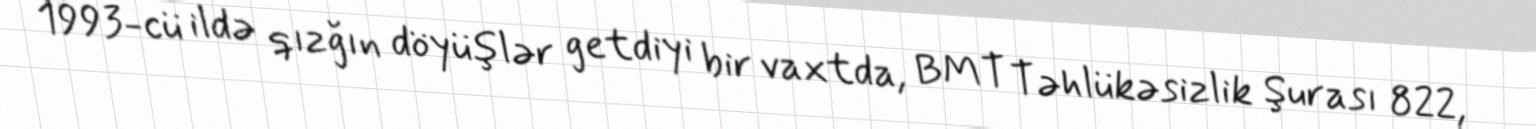
1993-cü ildə qızğın döyüşlər getdiyi bir vaxtda, BMT Təhlükəsizlik Şurası 822,